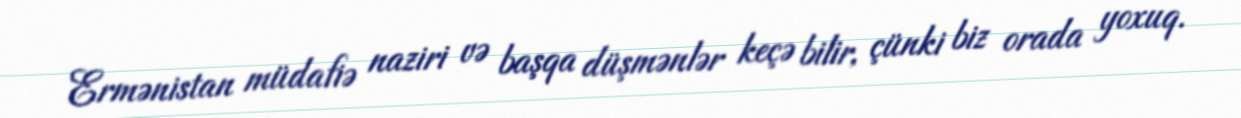
Ermənistan müdafiə naziri və başqa düşmənlər keçə bilir, çünki biz orada yoxuq.